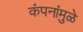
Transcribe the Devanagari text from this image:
कंपनांमुळे